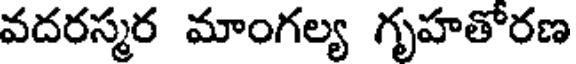
వదరస్మర మాంగల్య గృహతోరణ